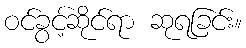
ဝင်ခွင့်ဆိုင်ရာ ဆုရခြင်း။